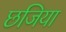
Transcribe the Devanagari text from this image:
छजिया